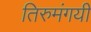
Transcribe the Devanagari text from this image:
तिरुमंगयी